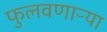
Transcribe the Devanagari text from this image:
फुलवणाऱ्या